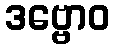
ဒဗ္ဗောဝ